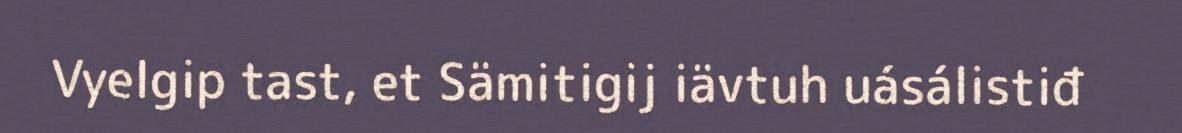
Vyelgip tast, et Sämitigij iävtuh uásálistiđ